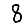
Digit: 8